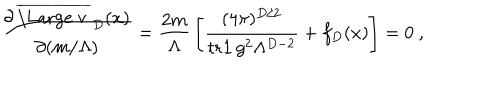
LaTeX: { \frac { \partial \, \overline { { { \mathrm { \Large ~ v ~ } } } } _ { D } ( x ) } { \partial ( m / \Lambda ) } } = { \frac { 2 m } { \Lambda } } \left[ { \frac { ( 4 \pi ) ^ { D / 2 } } { { \mathrm { t r } } { \bf 1 } \, g ^ { 2 } \Lambda ^ { D - 2 } } } + f _ { D } ( x ) \right] = 0 \ ,